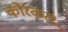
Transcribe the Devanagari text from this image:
कोरकरंध्र